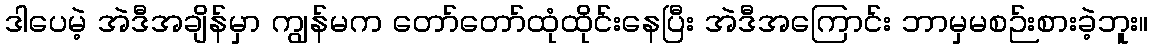
ဒါပေမဲ့ အဲဒီအချိန်မှာ ကျွန်မက တော်တော်ထုံထိုင်းနေပြီး အဲဒီအကြောင်း ဘာမှမစဉ်းစားခဲ့ဘူး။